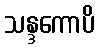
သန္ဒကောပိ